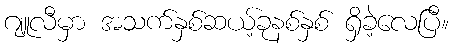
ဂျူလီမှာ အသက်နှစ်ဆယ့်ခုနစ်နှစ် ရှိခဲ့လေပြီ။